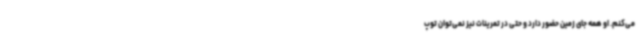
می‌کنم. او همه جای زمین حضور دارد و حتی در تمرینات نیز نمی‌توان توپ